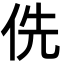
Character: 侁